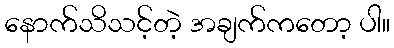
နောက်သိသင့်တဲ့ အချက်ကတော့ ပါ။